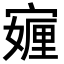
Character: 𭔖